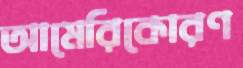
আমেরিকোরণ